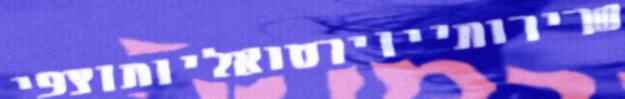
שרירותייוירטואליותוצפי